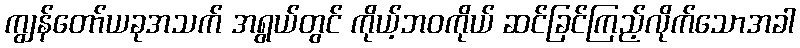
ကျွန်တော်ယခုအသက် အရွယ်တွင် ကိုယ့်ဘဝကိုယ် ဆင်ခြင်ကြည့်လိုက်သောအခါ